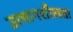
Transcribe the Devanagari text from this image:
उत्थानशीलता